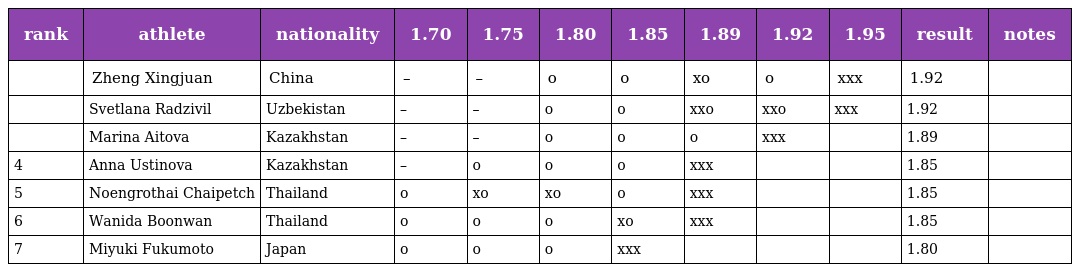
| rank | athlete | nationality | 1.70 | 1.75 | 1.80 | 1.85 | 1.89 | 1.92 | 1.95 | result | notes |
 | --- | --- | --- | --- | --- | --- | --- | --- | --- | --- | --- | --- |
 |  | Zheng Xingjuan | China | – | – | o | o | xo | o | xxx | 1.92 |  |
 |  | Svetlana Radzivil | Uzbekistan | – | – | o | o | xxo | xxo | xxx | 1.92 |  |
 |  | Marina Aitova | Kazakhstan | – | – | o | o | o | xxx |  | 1.89 |  |
 | 4 | Anna Ustinova | Kazakhstan | – | o | o | o | xxx |  |  | 1.85 |  |
 | 5 | Noengrothai Chaipetch | Thailand | o | xo | xo | o | xxx |  |  | 1.85 |  |
 | 6 | Wanida Boonwan | Thailand | o | o | o | xo | xxx |  |  | 1.85 |  |
 | 7 | Miyuki Fukumoto | Japan | o | o | o | xxx |  |  |  | 1.80 |  |